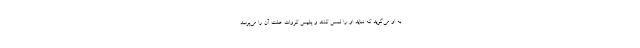
به او می‌گوید که نباید او را لمس کنند و پلیس کروات علت آن را می‌پرسد.